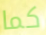
كما